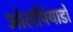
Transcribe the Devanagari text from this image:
ओलंपियाडों